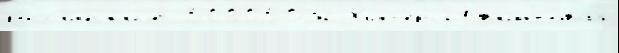
росс'и́йск'иjе 50005032 Х'илг'ерс21 в'интова́я